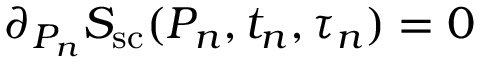
\partial _ { P _ { n } } S _ { \mathrm { s c } } ( P _ { n } , t _ { n } , \tau _ { n } ) = 0